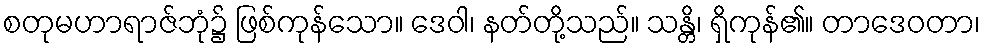
စတုမဟာရာဇ်ဘုံ၌ ဖြစ်ကုန်သော။ ဒေဝါ၊ နတ်တို့သည်။ သန္တိ၊ ရှိကုန်၏။ တာဒေဝတာ၊